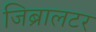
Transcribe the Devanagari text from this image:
जिब्रालटर